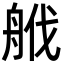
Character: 𦨷